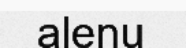
alenu